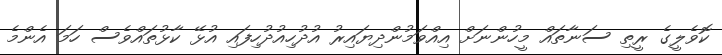
ކޮވެލީގެ ރީތި ސަނާތައް މީހުންނަށް އިއްވަމުންދިޔައިރު އުދުހިއުދުހިފައި އުޅޭ ކާޅުތައްވެސް ހަމަ އެންމެ